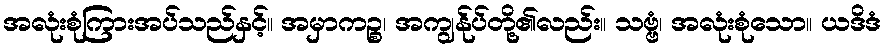
အလုံးစုံကြားအပ်သည်နှင့်။ အမှာကဉ္စ၊ အကျွန်ုပ်တို့၏လည်း။ သဗ္ဗံ၊ အလုံးစုံသော။ ယဒိဒံ